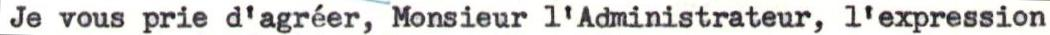
Je vous prie d'agréer, Monsieur l'Administrateur, l'expression